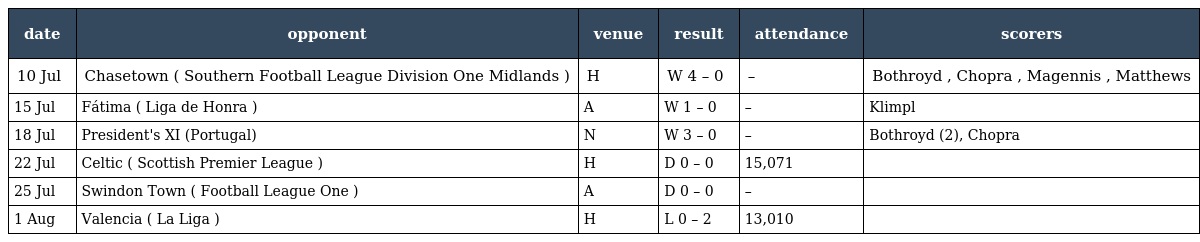
| date | opponent | venue | result | attendance | scorers |
 | --- | --- | --- | --- | --- | --- |
 | 10 Jul | Chasetown ( Southern Football League Division One Midlands ) | H | W 4 – 0 | – | Bothroyd , Chopra , Magennis , Matthews |
 | 15 Jul | Fátima ( Liga de Honra ) | A | W 1 – 0 | – | Klimpl |
 | 18 Jul | President's XI (Portugal) | N | W 3 – 0 | – | Bothroyd (2), Chopra |
 | 22 Jul | Celtic ( Scottish Premier League ) | H | D 0 – 0 | 15,071 |  |
 | 25 Jul | Swindon Town ( Football League One ) | A | D 0 – 0 | – |  |
 | 1 Aug | Valencia ( La Liga ) | H | L 0 – 2 | 13,010 |  |